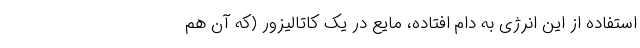
استفاده از این انرژی به دام افتاده، مایع در یک کاتالیزور (که آن هم